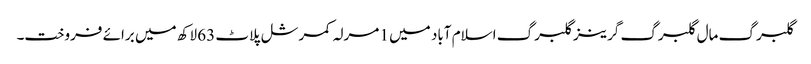
گلبرگ مال گلبرگ گرینز گلبرگ اسلام آباد میں 1 مرلہ کمرشل پلاٹ 63 لاکھ میں برائے فروخت۔